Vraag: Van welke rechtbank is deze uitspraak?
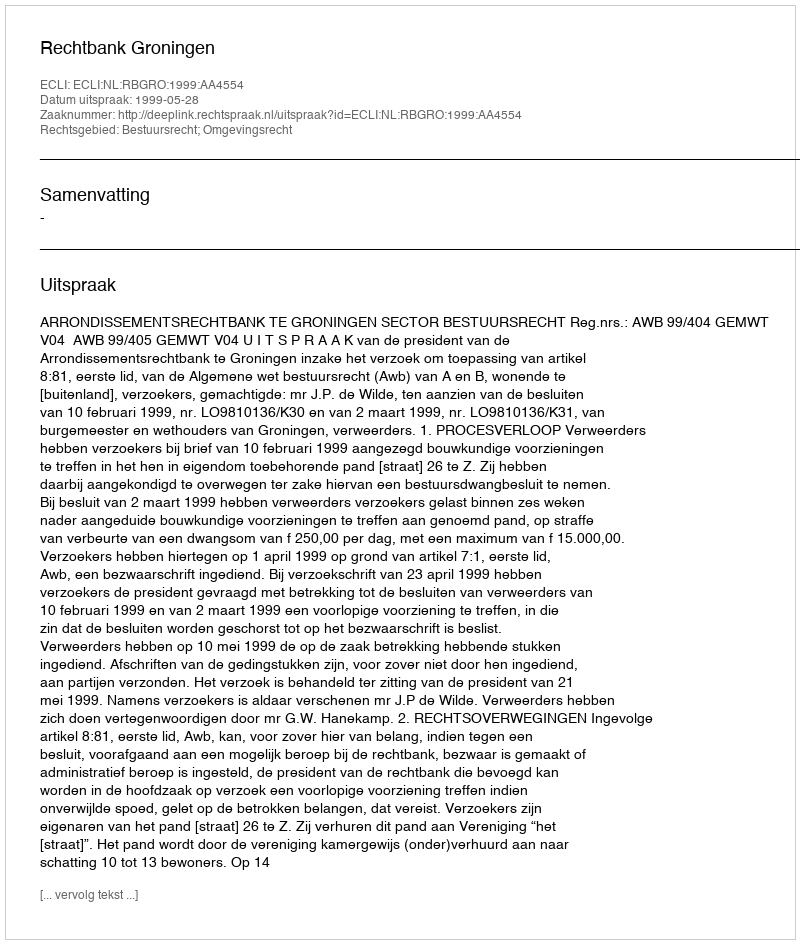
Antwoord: Rechtbank Groningen